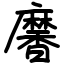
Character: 黁